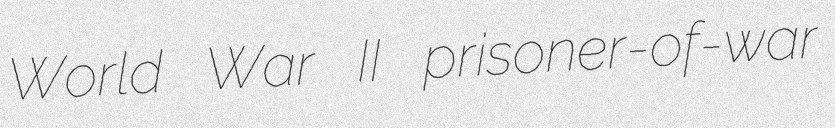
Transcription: World War II prisoner-of-war